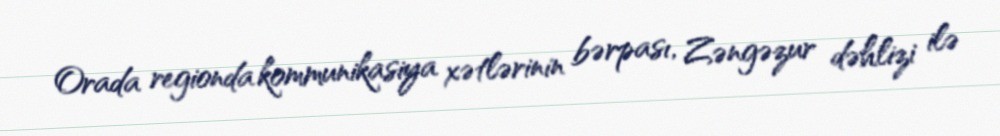
Orada regionda kommunikasiya xətlərinin bərpası, Zəngəzur dəhlizi ilə